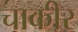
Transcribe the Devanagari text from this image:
चाकीर